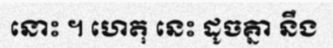
នោះ ។ ហេតុ នេះ ដូចគ្នា នឹង